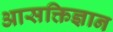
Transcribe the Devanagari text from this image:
आसक्तिज्ञान